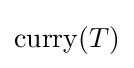
\operatorname {curry} (T)